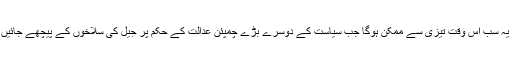
لیکن یہ سب اس وقت تیزی سے ممکن ہوگا جب سیاست کے دوسرے بڑے چمپئن عدالت کے حکم پر جیل کی سلاخوں کے پیچھے جائیں گے۔